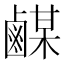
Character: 𪉴